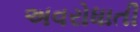
અવરોધાતી